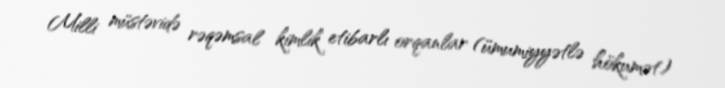
Milli müstəvidə rəqəmsal kimlik etibarlı orqanlar (ümumiyyətlə hökumət)